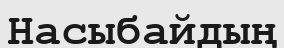
Насыбайдың